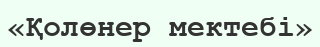
«Қолөнер мектебі»